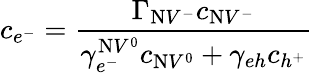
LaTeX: c_{e^{-}}=\frac{\Gamma_{\mathrm{N}V^{-}}c_{\mathrm{N}V^{-}}}{\gamma_{e^{-}}^{\mathrm{N}V^{0}}c_{\mathrm{N}V^{0}}+\gamma_{eh}c_{h^{+}}}